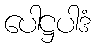
ပေါဋ္ဌပါဒံ